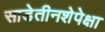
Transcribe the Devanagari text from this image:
साडेतीनशेपेक्षा